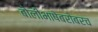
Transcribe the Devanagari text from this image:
बोलीभाषेबरोबरच